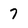
Character: 7